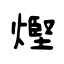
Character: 熞